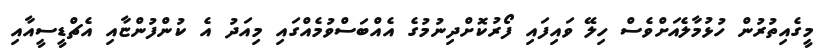
މީގެއިތުރުން ހުޅުމާލެއަށްވެސް ހިލޭ ވައިފައި ފޯރުކޮށްދިނުމުގެ އެއްބަސްވުމެއްގައި މިއަދު އެ ކުންފުންޏާއި އެޗްޑީސީއާއި